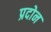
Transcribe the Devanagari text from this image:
प्रदोन